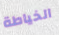
الخياطة